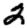
Digit: 2